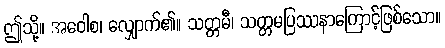
ဤသို့။ အဝေါစ၊ လျှောက်၏။ သတ္တမီ၊ သတ္တမပြဿနာကြောင့်ဖြစ်သော။